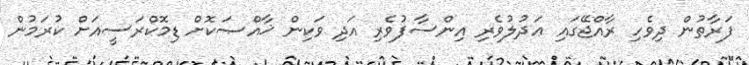
ފަރާތުން ދިވެހި ރާއްޖޭގައި ޢަދުލުވެރި އިންސާފުވެރި އަދި ވަކިން ޚާއްޞަކޮށް ޑިމޮކްރަސީއަށް ކުރަމުން